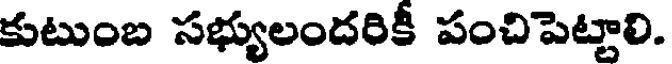
కుటుంబ సభ్యులందరికీ పంచిపెట్టాలి.